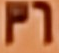
36